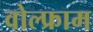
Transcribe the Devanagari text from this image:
वोल्फ्राम